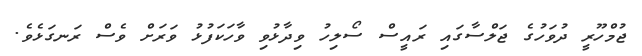
ޖުމްހޫރީ ދުވަހުގެ ޖަލްސާގައި ރައީސް ސޯލިހު ވިދާޅުވި ވާހަކަފުޅު ވަރަށް ވެސް ރަނގަޅެވެ.